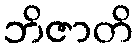
ဘိဇာတိ